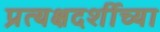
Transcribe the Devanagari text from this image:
प्रत्यक्षदर्शीच्या